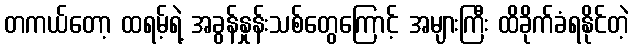
တကယ်တော့ ထရမ့်ရဲ့ အခွန်နှုန်းသစ်တွေကြောင့် အများကြီး ထိခိုက်ခံရနိုင်တဲ့